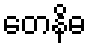
တေနိဓ